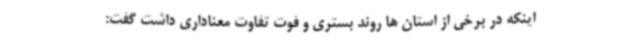
اینکه در برخی از استان ها روند بستری و فوت تفاوت معناداری داشت گفت: